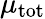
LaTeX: \mu_{\mathrm{tot}}